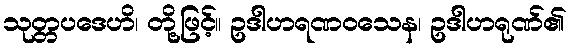
သုတ္တပဒေဟိ၊ တို့ဖြင့်။ ဥဒါဟရဏဝသေန၊ ဥဒါဟရုဏ်၏